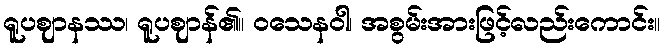
ရူပဈာနဿ၊ ရူပဈာန်၏။ ဝသေနဝါ၊ အစွမ်းအားဖြင့်လည်းကောင်း။